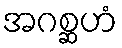
အဂစ္ဆဟံ